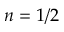
n = 1 / 2